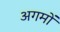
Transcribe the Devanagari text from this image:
अगमों